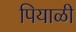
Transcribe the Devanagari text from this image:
पियाळी